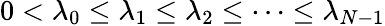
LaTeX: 0<\lambda_{0}\leq\lambda_{1}\leq\lambda_{2}\leq\cdots\leq\lambda_{N-1}